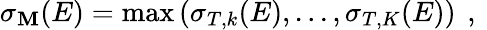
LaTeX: \sigma_{\mathbf{M}}(E)=\operatorname*{max}\left(\sigma_{T,k}(E),...,\sigma_{T,K}(E)\right)\, \mathrm{{~,~}}